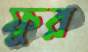
ফুর